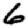
Digit: 6